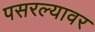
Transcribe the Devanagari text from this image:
पसरल्यावर